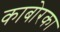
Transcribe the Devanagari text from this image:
काबोरका